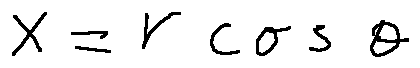
x = r \cos \theta